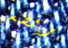
رقصه